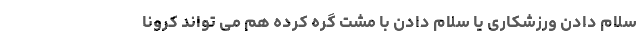
سلام دادن ورزشکاری یا سلام دادن با مشت گره کرده هم می تواند کرونا